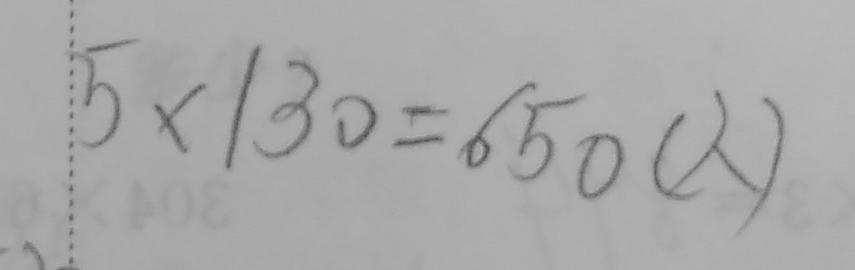
5 \times 1 3 0 = 6 5 0 ( 人 )